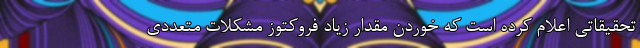
تحقیقاتی اعلام کرده است که خوردن مقدار زیاد فروکتوز مشکلات متعددی